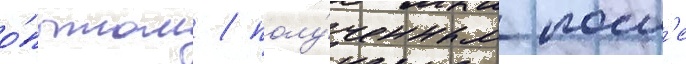
о́пытом / полу́ченным посл'е